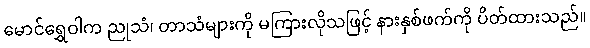
မောင်ရွှေဝါက ညုသံ၊ တာသံများကို မကြားလိုသဖြင့် နားနှစ်ဖက်ကို ပိတ်ထားသည်။